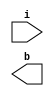
module Encoder_8x3_st(
input [7:0] i,
output [2:0] b 
    );
or o1(i[1],i[3],i[5],i[7],b[0]);
or o2(i[2],i[3],i[6],i[7],b[1]);
or o3(i[4],i[5],i[6],i[7],b[2]);
endmodule